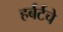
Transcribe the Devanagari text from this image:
हर्बर्टचे